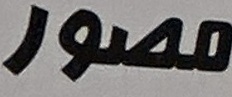
مصور